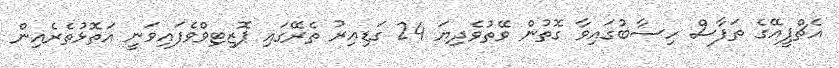
އެޗްޕީއޭގެ ތަފާސް ހިސާބުގައިވާ ގޮތުން ވޭތުވެދިޔަ 24 ގަޑިއިރު ތެރޭގައި ޕޮޒިޓިވްވެފައިވަނީ އަތޮޅުތެރެއިން